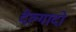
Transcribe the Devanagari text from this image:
देल्गादो